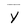
Character: Y